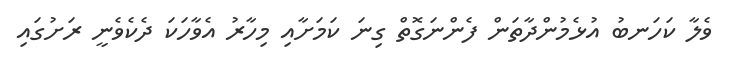
ވެލާ ކަހަނބު އުޅެމުންދާތަން ފެންނަގޮތް ގިނަ ކަމަށާއި މިހާރު އެވާހަކަ ދެކެވެނީ ރަށުގައި